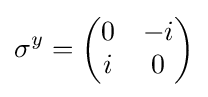
\sigma ^{y}={\begin{pmatrix}0&-i\\i&0\end{pmatrix}}